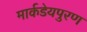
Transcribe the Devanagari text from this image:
मार्कडेयपुरण